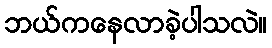
ဘယ်ကနေလာခဲ့ပါသလဲ။